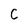
Character: C